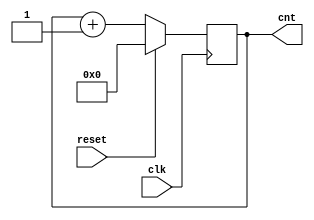
// Actually program counter is a simple counter

module program_counter(
  input clk, // the clock
  input reset, // it resets the counter synchronously
  output reg [3:0] cnt // the output of the counter
);
  
  always @(posedge clk)
    if (!reset)
      cnt = cnt + 1;
  else
    cnt = 0;

endmodule